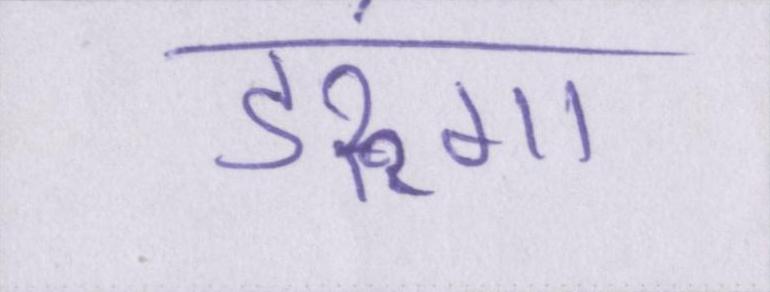
डरूंगा